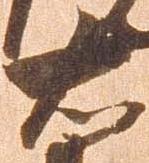
右